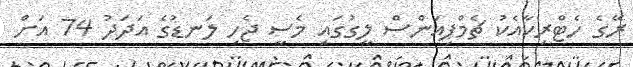
ރޭގެ ހެޓްރިކާއެކު ޗެމްޕިއަންސް ލީގުގައި މެސީ ޖެހި ލަނޑުގެ އަދަދު 74 އަށް